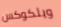
ويلكوكس